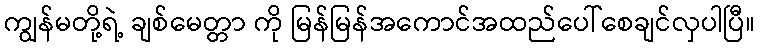
ကျွန်မတို့ရဲ့ ချစ်မေတ္တာ ကို မြန်မြန်အကောင်အထည်ပေါ်စေချင်လှပါပြီ။